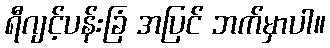
ရီဂျင့်ပန်းခြံ အပြင် ဘက်မှာပါ။